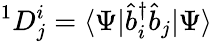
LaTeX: ^{1}D_{j}^{i}=\langle\Psi|{\hat{b}}_{i}^{\dagger}{\hat{b}}_{j}|\Psi\rangle